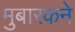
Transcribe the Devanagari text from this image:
मुबारकने